Code of medical and sanitary regulations for the guidance of medical officers serving in the Madras Presidency - Volume I
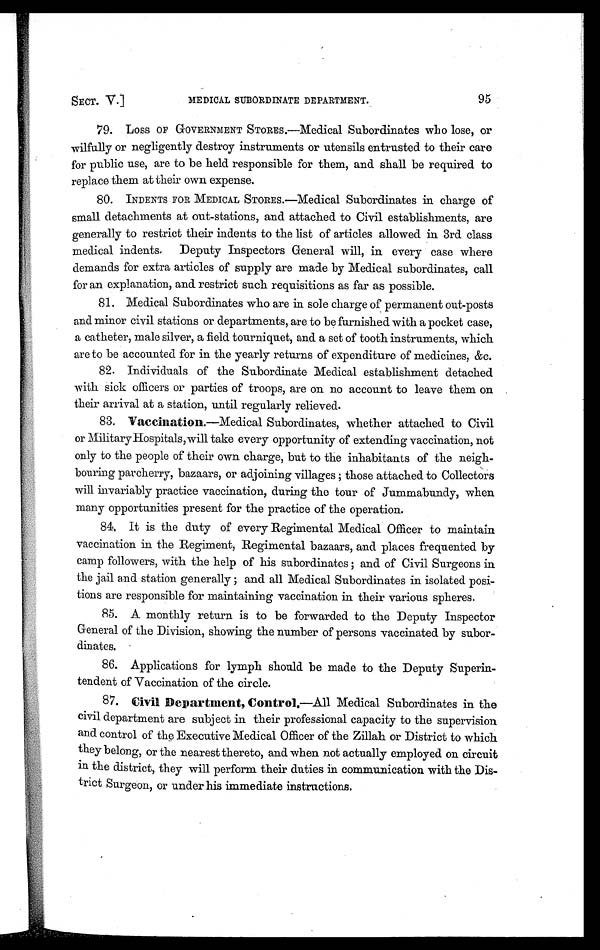
SECT. V.]
MEDICAL SUBORDINATE DEPARTMENT.
95
79.
LOSS OF GOVERNMENT STORES.—Medical Subordinates who lose, or
wilfully or negligently destroy instruments or utensils entrusted to their care
for public use, are to be held responsible for them, and shall be required to
replace them at their own expense.
80.
INDENTS FOR MEDICAL STORES.—Medical Subordinates in charge of
small detachments at out-stations, and attached to Civil establishments, are
generally to restrict their indents to the list of articles allowed in 3rd class
medical indents. Deputy Inspectors General will, in every case where
demands for extra articles of supply are made by Medical subordinates, call
for an explanation, and restrict such requisitions as far as possible.
81. Medical Subordinates who are in sole charge of permanent out-posts
and minor civil stations or departments, are to be furnished with a pocket case,
a catheter, male silver, a field tourniquet, and a set of tooth instruments, which
are to be accounted for in the yearly returns of expenditure of medicines, &c.
82. Individuals of the Subordinate Medical establishment detached
with sick officers or parties of troops, are on no account to leave them on
their arrival at a station, until regularly relieved.
83. Vaccination.—Medical Subordinates, whether attached to Civil
or Military Hospitals, will take every opportunity of extending vaccination, not
only to the people of their own charge, but to the inhabitants of the neigh-
bouring parcherry, bazaars, or adjoining villages ; those attached to Collectors
will invariably practice vaccination, during the tour of Jummabundy, when
many opportunities present for the practice of the operation.
84. It is the duty of every Regimental Medical Officer to maintain
vaccination in the Regiment, Regimental bazaars, and places frequented by
camp followers, with the help of his subordinates ; and of Civil Surgeons in
the jail and station generally ; and all Medical Subordinates in isolated posi-
tions are responsible for maintaining vaccination in their various spheres.
85. A monthly return is to be forwarded to the Deputy Inspector
General of the Division, showing the number of persons vaccinated by subor-
dinates.
86. Applications for lymph should be made to the Deputy Superin-
tendent of Vaccination of the circle.
87. Civil Department, Control.—All Medical Subordinates in the
civil department are subject in their professional capacity to the supervision
and control of the Executive Medical Officer of the Zillah or District to which
they belong, or the nearest thereto, and when not actually employed on circuit
in the district, they will perform their duties in communication with the Dis-
trict Surgeon, or under his immediate instructions.